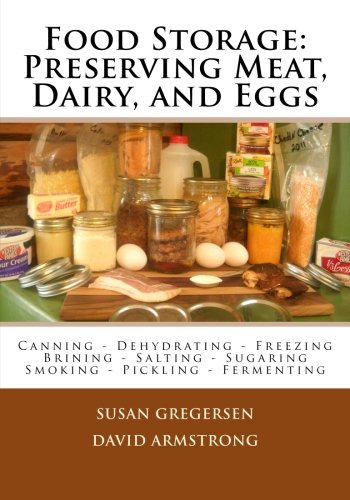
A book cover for Food Storage: Preserving Meat, Dairy, and Eggs; Susan Gregersen; Cookbooks, Food & Wine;